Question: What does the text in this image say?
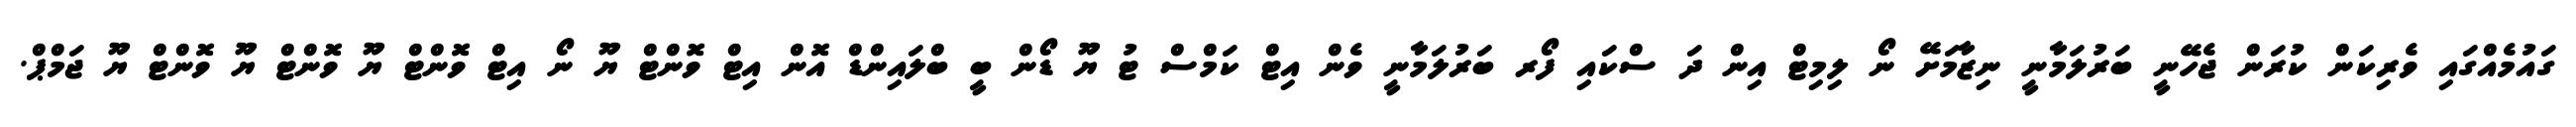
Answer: ގައުމެއްގައި ވެރިކަން ކުރަން ޖެހޭނީ ބަރުލަމާނީ ނިޒާމަށޭ ނޯ ލިމިޓް އިން ދަ ސްކައި ފޯރ ބަރުލަމާނީ ވެން އިޓް ކަމްސް ޓު ޔޫ ޑޯން ބީ ބްލައިންޑް އޮން އިޓް ވޮންޓް ޔޫ ނޯ އިޓް ވޮންޓް ޔޫ ވޮންޓް ޔޫ ވޮންޓް ޔޫ ޖަމްޕް.